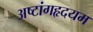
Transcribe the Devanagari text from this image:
अष्टांगहृदयम